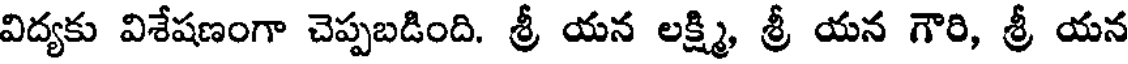
విద్యకు విశేషణంగా చెప్పబడింది. శ్రీ యన లక్ష్మి, శ్రీ యన గౌరి, శ్రీ యన